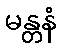
မန္တနံ